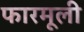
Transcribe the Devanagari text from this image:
फारमूली